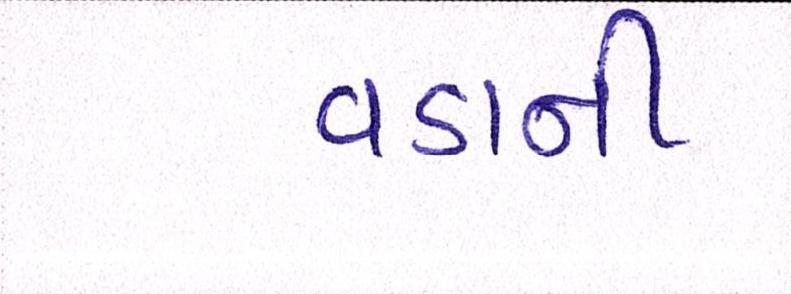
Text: વડાની